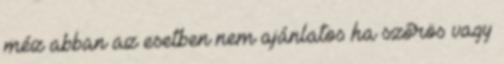
méz abban az esetben nem ajánlatos ha szőrös vagy